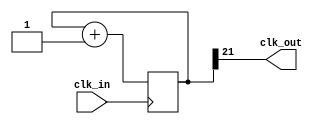
module prescaler(input wire clk_in, output wire clk_out);
  parameter BITS = 22;

  reg [BITS-1:0] count = 0;

  assign clk_out = count[BITS-1];

  always @ ( posedge(clk_in) ) begin
    count <= count + 1;
  end
endmodule


module muxm(input wire clk, output reg[3:0]out_data);
  parameter BITS = 22;
  wire [3:0] in1 = 4'b0000;
  wire [3:0] in2 = 4'b1010;
  wire [3:0] in3 = 4'b1111;
  wire [3:0] in4 = 4'b0101;

  reg [1:0] sel = 0;

  wire clk_prescaled;

  prescaler #(.BITS(BITS))
    Pres1(.clk_in(clk), .clk_out(clk_prescaled));

  always @* begin
    case (sel)
      0: out_data <= in1;
      1: out_data <= in2;
      2: out_data <= in3;
      3: out_data <= in4;
      default: out_data <= 0;
    endcase
  end

  always @ ( posedge(clk_prescaled) ) begin
    sel <= sel + 1;
  end

endmodule